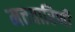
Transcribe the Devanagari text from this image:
मत्तवारिणी